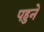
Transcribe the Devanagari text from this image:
पहुने